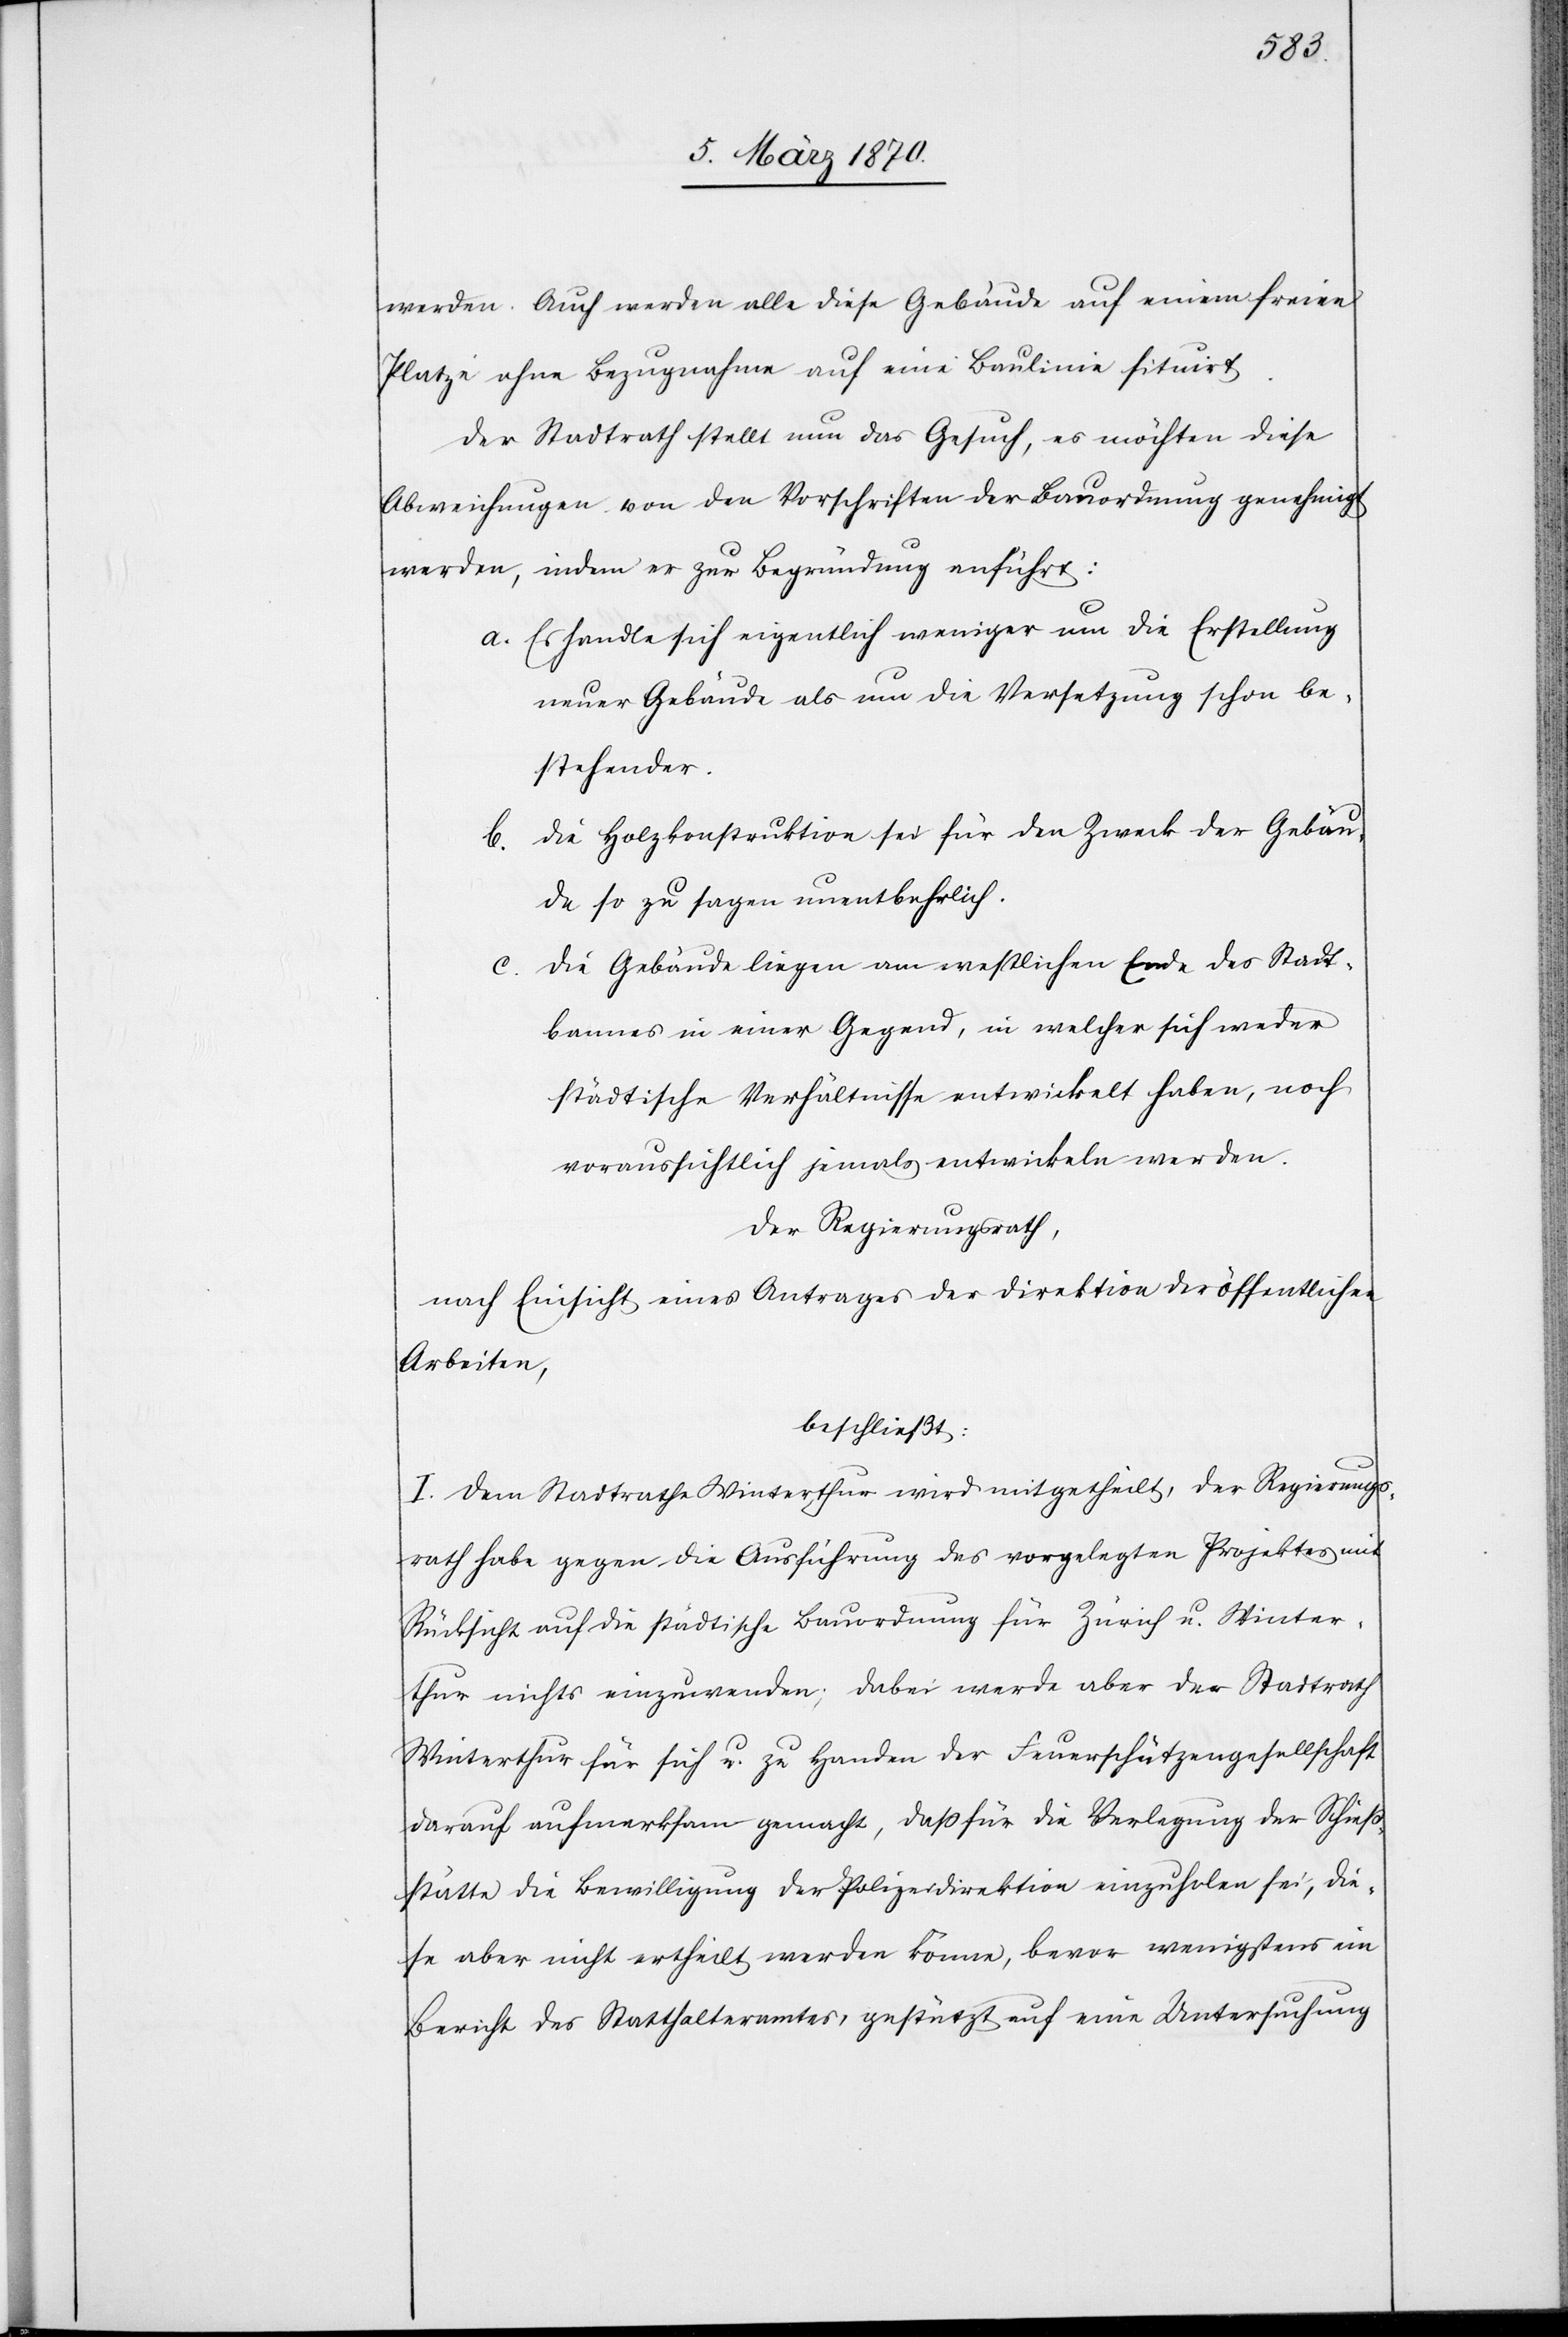
werden. Auch werden alle diese Gebäude auf einem freien
Platze ohne Bezugnahme auf eine Baulinie situirt.
Der Stadtrath stellt nun das Gesuch, es möchten diese
Abweichungen von den Vorschriften der Bauordnung genehmigt
werden, indem er zur Begründung anführt:
a. Es handle sich eigentlich weniger um die Erstellung
neuer Gebäude als um die Versetzung schon be¬
stehender.
b. Die Holzkonstruktion sei für den Zweck der Gebäu¬
de so zu sagen unentbehrlich.
Die Gebäude liegen am westlichen Ende des Stadt¬
bannes in einer Gegend, in welcher sich weder
städtische Verhältnisse entwickelt haben, noch
voraussichtlich jemals entwickeln werden.
Der Regierungsrath,
nach Einsicht eines Antrages der Direktion der öffentlichen
Arbeiten,
beschließt:
I. Dem Stadtrathe Winterthur wird mitgetheilt, der Regierungs¬
rath habe gegen die Ausführung des vorgelegten Projektes mit
Rücksicht auf die städtische Bauordnung für Zürich u. Winter¬
thur nichts einzuwenden; dabei werde aber der Stadtrath
Winterthur für sich u. zu Handen der Feuerschützengesellschaft
darauf aufmerksam gemacht, daß für die Verlegung der Schieß¬
stätte die Bewilligung der Polizeidirektion einzuholen sei, die¬
se aber nicht ertheilt werden könne, bevor wenigstens ein
Bericht des Statthalteramtes, gestützt auf eine Untersuchung